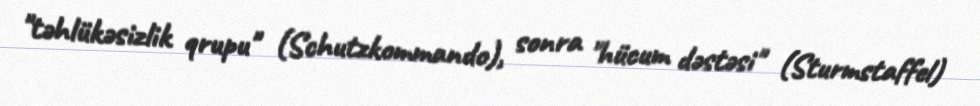
"təhlükəsizlik qrupu" (Schutzkommando), sonra "hücum dəstəsi" (Sturmstaffel)